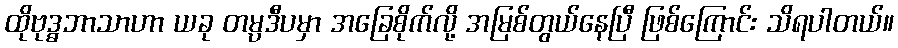
ထိုဗုဒ္ဓဘာသာဟာ ယခု တမ္ပဒီပမှာ အခြေစိုက်လို့ အမြစ်တွယ်နေပြီ ဖြစ်ကြောင်း သိရပါတယ်။